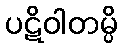
ပဋိဝါတမ္ပိ